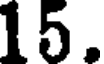
15.